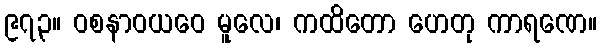
၉၇၃။ ဝစနာဝယဝေ မူလေ၊ ကထိတော ဟေတု ကာရဏေ။